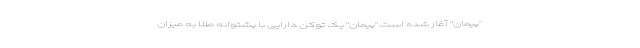
"پیمان" آغاز شده است."پیمان" یک توکن دارایی با پشتوانه طلا به میزان